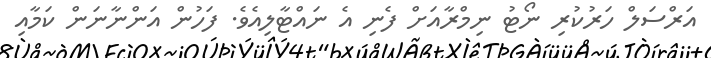
އަރްސަލް ހަރުކުރި ނޯޓު ނިމްރާއަށް ފެނި އެ ނައްޓާލިއެވެ. ފަހުން އަންނާނަން ކަމާއި